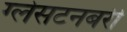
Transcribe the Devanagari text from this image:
ग्लेसटनबरी